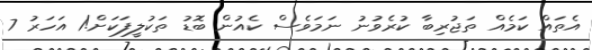
އެތައް ކަމެެއް ތަޖުރިބާ ކުރެވުނު ނަމަވެސް ކެއުން ބޮޑު ތަކުލީފަކަށް!1 އަހަރު 7